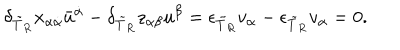
\delta _ { \tilde { T } _ { R } } x _ { \alpha \dot { \alpha } } \bar { u } ^ { \dot { \alpha } } - \delta _ { \tilde { T } _ { R } } z _ { \alpha \beta } u ^ { \beta } = \epsilon _ { \tilde { T } _ { R } } v _ { \alpha } - \epsilon _ { \tilde { T } _ { R } } v _ { \alpha } = 0 .